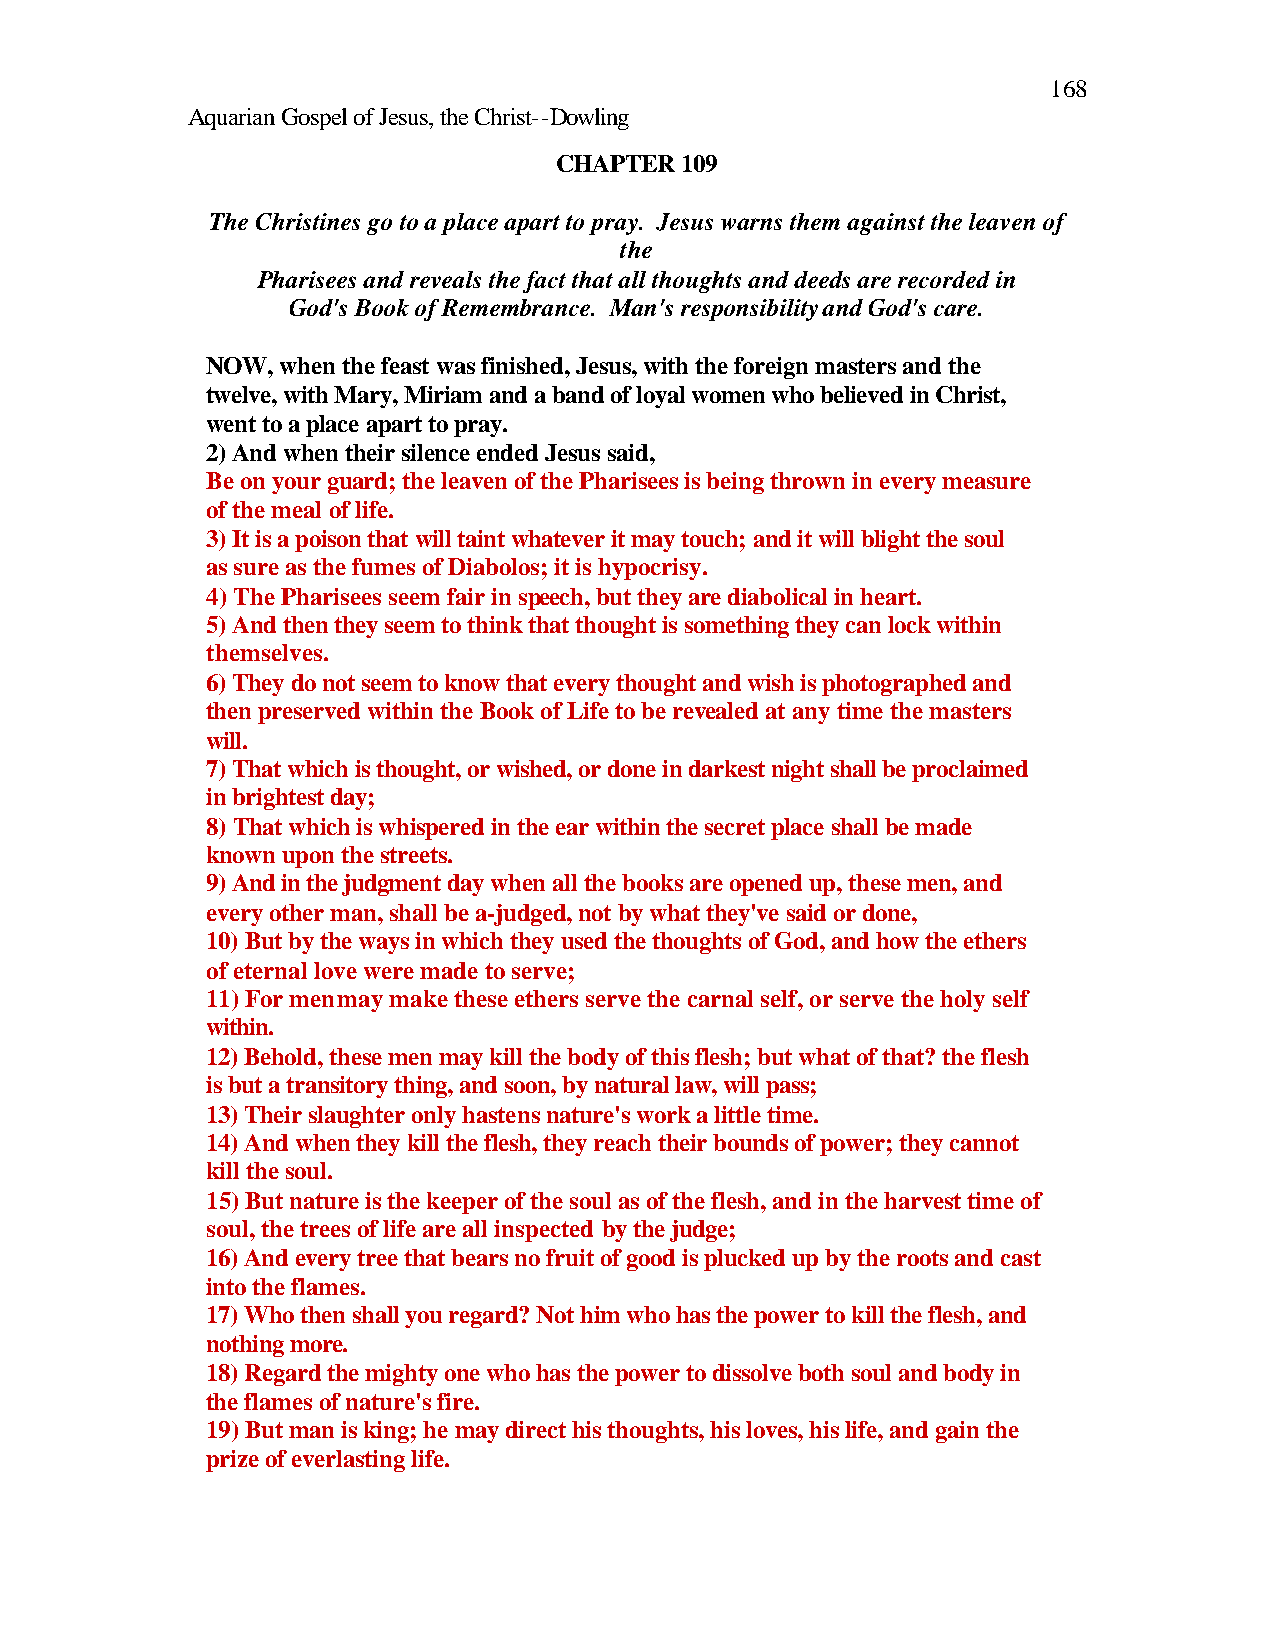
168
 Aquarian Gospel of Jesus, the Christ--Dowling
 CHAPTER 109
 The Christines go to a place apart to pray. Jesus warns them against the leaven of
 the
 Pharisees and reveals the fact that all thoughts and deeds are recorded in
 God's Book of Remembrance. Man's responsibility and God's care.
 NOW, when the feast was finished, Jesus, with the foreign masters and the
 twelve, with Mary, Miriam and a band of loyal women who believed in Christ,
 went to a place apart to pray.
 2) And when their silence ended Jesus said,
 Be on your guard; the leaven of the Pharisees is being thrown in every measure
 of the meal of life.
 3) It is a poison that will taint whatever it may touch; and it will blight the soul
 as sure as the fumes of Diabolos; it is hypocrisy.
 4) The Pharisees seem fair in speech, but they are diabolical in heart.
 5) And then they seem to think that thought is something they can lock within
 themselves.
 6) They do not seem to know that every thought and wish is photographed and
 then preserved within the Book of Life to be revealed at any time the masters
 will.
 7) That which is thought, or wished, or done in darkest night shall be proclaimed
 in brightest day;
 8) That which is whispered in the ear within the secret place shall be made
 known upon the streets.
 9) And in the judgment day when all the books are opened up, these men, and
 every other man, shall be a-judged, not by what they've said or done,
 10) But by the ways in which they used the thoughts of God, and how the ethers
 of eternal love were made to serve;
 11) For men may make these ethers serve the carnal self, or serve the holy self
 within.
 12) Behold, these men may kill the body of this flesh; but what of that? the flesh
 is but a transitory thing, and soon, by natural law, will pass;
 13) Their slaughter only hastens nature's work a little time.
 14) And when they kill the flesh, they reach their bounds of power; they cannot
 kill the soul.
 15) But nature is the keeper of the soul as of the flesh, and in the harvest time of
 soul, the trees of life are all inspected by the judge;
 16) And every tree that bears no fruit of good is plucked up by the roots and cast
 into the flames.
 17) Who then shall you regard? Not him who has the power to kill the flesh, and
 nothing more.
 18) Regard the mighty one who has the power to dissolve both soul and body in
 the flames of nature's fire.
 19) But man is king; he may direct his thoughts, his loves, his life, and gain the
 prize of everlasting life.